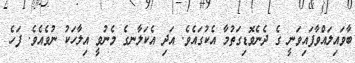
ބާވައިލައްވާފައިވަނީ ގެ ދެނެވޮޑިގަތުމާ އެކުގައެވެ. އަދި އެކަލާނގެ މެނުވީ އިލާހަކު ނުވެއެވެ. ފަހެ